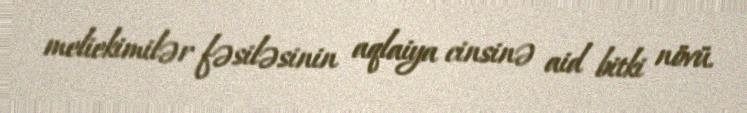
meliekimilər fəsiləsinin aqlaiya cinsinə aid bitki növü.